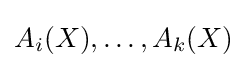
A_{i}(X),\ldots ,A_{k}(X)